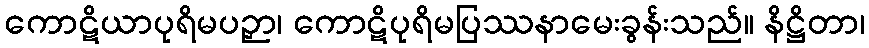
ကောဋိယာပုရိမပဉှာ၊ ကောဋိပုရိမပြဿနာမေးခွန်းသည်။ နိဋ္ဌိတာ၊